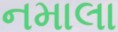
નમાલા